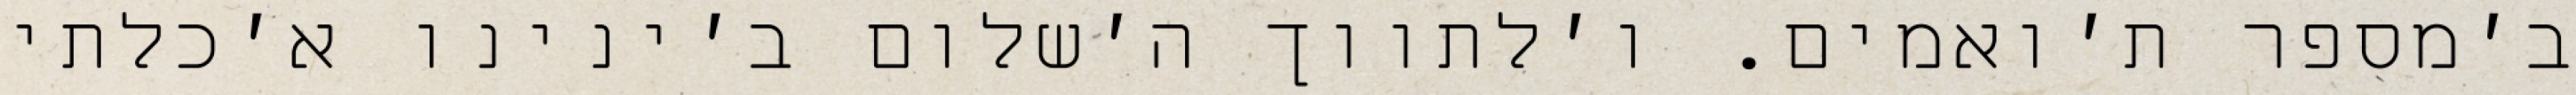
ב׳מספר ת׳ואמים. ו׳לתווך ה׳שלום ב׳ינינו א׳כלתי